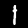
Digit: 1